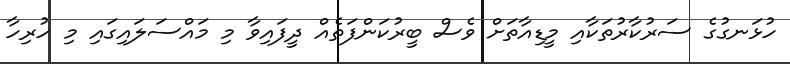
ހުޅަނގުގެ ސަރުކާރުތަކާއި މީޑިއާތަށް ވެސް ބީރުކަންފަތެއް ދީފައިވާ މި މައްސަލައިގައި މި ހުރިހާ